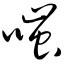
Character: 嗤